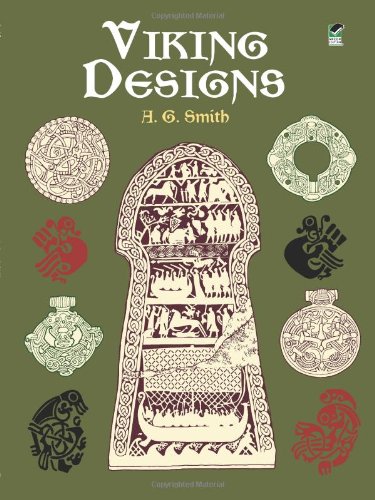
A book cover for Viking Designs (Dover Pictorial Archive); A. G. Smith; Arts & Photography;